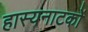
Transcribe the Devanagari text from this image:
हास्यनाटकों